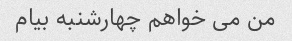
من می خواهم چهارشنبه بیام